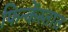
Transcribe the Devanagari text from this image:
फिन्केंस्तात